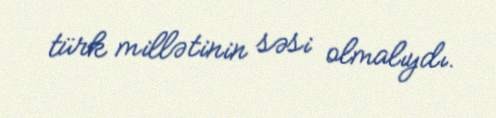
türk millətinin səsi olmalıydı.